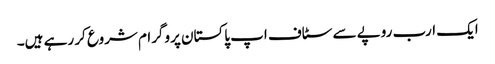
ایک ارب روپے سے سٹاف اپ پاکستان پروگرام شروع کر رہے ہیں۔